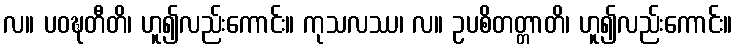
လ။ ပဝဍ္ဎတီတိ၊ ဟူ၍လည်းကောင်း။ ကုသလဿ၊ လ။ ဥပစိတတ္တာတိ၊ ဟူ၍လည်းကောင်း။